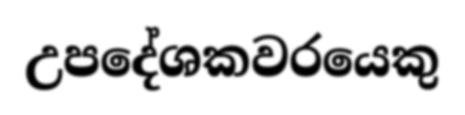
උපදේශකවරයෙකු